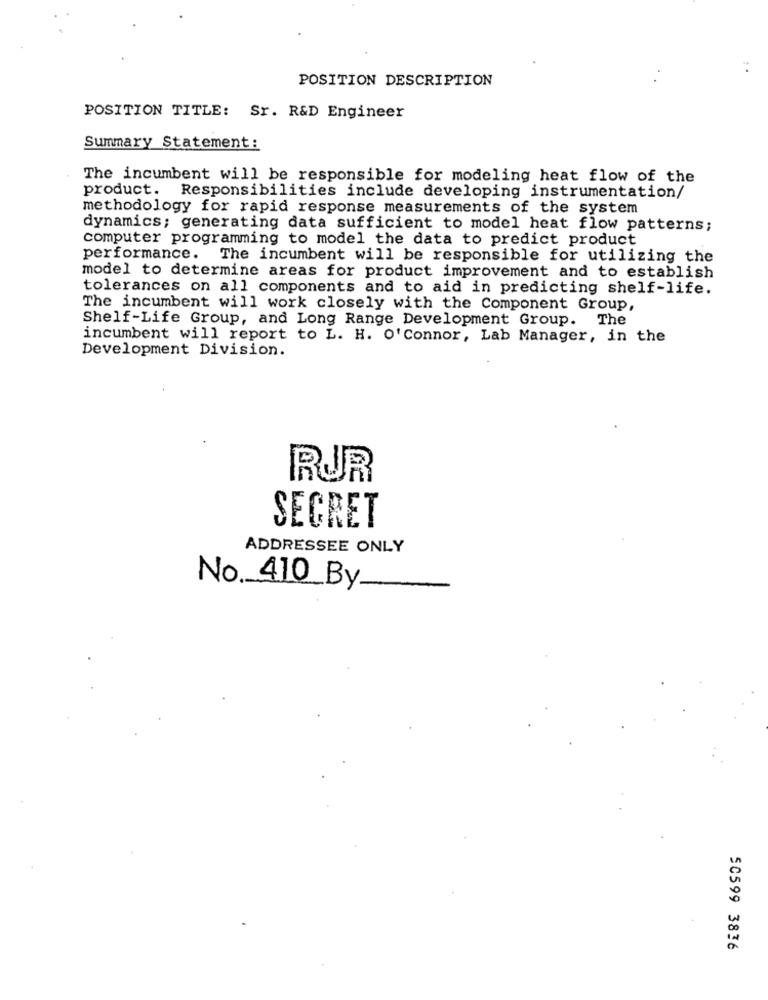
POSITION DESCRIPTION
POSITION TITLE: Sr. R&D Engineer
Summary Statement:
The incumbent will be responsible for modeling heat flow of the
product. Responsibilities include developing instrumentation/
methodology for rapid response measurements of the system
dynamics; generating data sufficient to model heat flow patterns;
computer programming to model the data to predict product
performance.
The incumbent will be responsible for utilizing the
model to determine areas for product improvement and to establish
tolerances on all components and to aid in predicting shelf-life.
The incumbent will work closely with the Component Group,
Shelf-Life Group, and Long Range Development Group. The
incumbent will report to L. H. O' Connor, Lab Manager, in the
Development Division.
RUR
SECRET
ADDRESSEE ONLY
No. 410 By
50599 3836